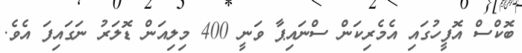
ބޮކްސް އޮފީހުގައި އެމެރިކަން ސްނައިޕާ ވަނީ 400 މިލިއަން ޑޮލަރު ނަގައިފަ އެވެ.